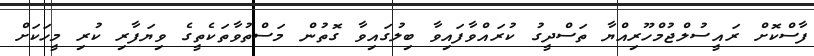
ފާސްކޮށް ރައީސުލްޖުމްހޫރިއްޔާ ތަސްދީގު ކުރައްވާފައިވާ ބިލުގައިވާ ގޮތުން މަސްތުވާތަކެތީގެ ވިޔަފާރި ކުރި މީހަކަށް